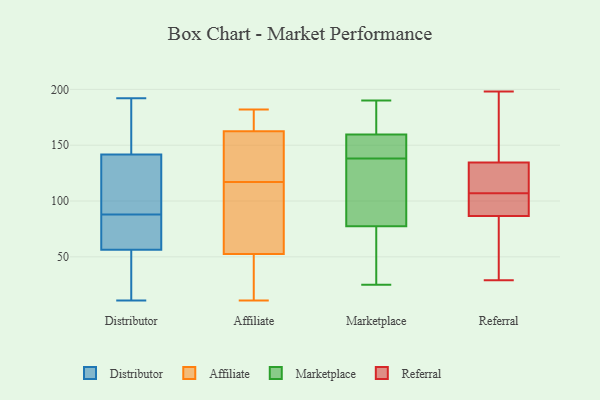
{"axis": {"x": "Waste Production (Tons)", "y": "Value"}, "legend": ["Affiliate", "Distributor", "Marketplace", "Referral"], "data": [{"x": "", "y": 117, "type": "Distributor"}, {"x": "", "y": 136, "type": "Distributor"}, {"x": "", "y": 95, "type": "Distributor"}, {"x": "", "y": 175, "type": "Distributor"}, {"x": "", "y": 57, "type": "Distributor"}, {"x": "", "y": 39, "type": "Distributor"}, {"x": "", "y": 153, "type": "Distributor"}, {"x": "", "y": 78, "type": "Distributor"}, {"x": "", "y": 138, "type": "Distributor"}, {"x": "", "y": 184, "type": "Distributor"}, {"x": "", "y": 192, "type": "Distributor"}, {"x": "", "y": 88, "type": "Distributor"}, {"x": "", "y": 42, "type": "Distributor"}, {"x": "", "y": 54, "type": "Distributor"}, {"x": "", "y": 11, "type": "Distributor"}, {"x": "", "y": 60, "type": "Distributor"}, {"x": "", "y": 67, "type": "Distributor"}, {"x": "", "y": 11, "type": "Affiliate"}, {"x": "", "y": 144, "type": "Affiliate"}, {"x": "", "y": 25, "type": "Affiliate"}, {"x": "", "y": 159, "type": "Affiliate"}, {"x": "", "y": 166, "type": "Affiliate"}, {"x": "", "y": 137, "type": "Affiliate"}, {"x": "", "y": 55, "type": "Affiliate"}, {"x": "", "y": 97, "type": "Affiliate"}, {"x": "", "y": 79, "type": "Affiliate"}, {"x": "", "y": 177, "type": "Affiliate"}, {"x": "", "y": 171, "type": "Affiliate"}, {"x": "", "y": 141, "type": "Affiliate"}, {"x": "", "y": 182, "type": "Affiliate"}, {"x": "", "y": 47, "type": "Affiliate"}, {"x": "", "y": 65, "type": "Affiliate"}, {"x": "", "y": 50, "type": "Affiliate"}, {"x": "", "y": 174, "type": "Marketplace"}, {"x": "", "y": 47, "type": "Marketplace"}, {"x": "", "y": 177, "type": "Marketplace"}, {"x": "", "y": 39, "type": "Marketplace"}, {"x": "", "y": 160, "type": "Marketplace"}, {"x": "", "y": 90, "type": "Marketplace"}, {"x": "", "y": 103, "type": "Marketplace"}, {"x": "", "y": 32, "type": "Marketplace"}, {"x": "", "y": 25, "type": "Marketplace"}, {"x": "", "y": 151, "type": "Marketplace"}, {"x": "", "y": 151, "type": "Marketplace"}, {"x": "", "y": 187, "type": "Marketplace"}, {"x": "", "y": 96, "type": "Marketplace"}, {"x": "", "y": 151, "type": "Marketplace"}, {"x": "", "y": 190, "type": "Marketplace"}, {"x": "", "y": 159, "type": "Marketplace"}, {"x": "", "y": 65, "type": "Marketplace"}, {"x": "", "y": 103, "type": "Marketplace"}, {"x": "", "y": 138, "type": "Marketplace"}, {"x": "", "y": 138, "type": "Marketplace"}, {"x": "", "y": 86, "type": "Referral"}, {"x": "", "y": 97, "type": "Referral"}, {"x": "", "y": 124, "type": "Referral"}, {"x": "", "y": 138, "type": "Referral"}, {"x": "", "y": 60, "type": "Referral"}, {"x": "", "y": 107, "type": "Referral"}, {"x": "", "y": 118, "type": "Referral"}, {"x": "", "y": 198, "type": "Referral"}, {"x": "", "y": 88, "type": "Referral"}, {"x": "", "y": 147, "type": "Referral"}, {"x": "", "y": 105, "type": "Referral"}, {"x": "", "y": 117, "type": "Referral"}, {"x": "", "y": 29, "type": "Referral"}, {"x": "", "y": 164, "type": "Referral"}, {"x": "", "y": 178, "type": "Referral"}, {"x": "", "y": 116, "type": "Referral"}, {"x": "", "y": 51, "type": "Referral"}, {"x": "", "y": 43, "type": "Referral"}, {"x": "", "y": 104, "type": "Referral"}]}